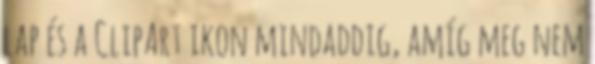
lap és a ClipArt ikon mindaddig, amíg meg nem